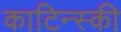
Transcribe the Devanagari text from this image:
काटिन्स्की